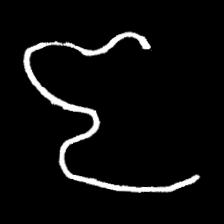
Pyu character \u2014 Myanmar letter: ဇ (romanized: ja)